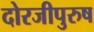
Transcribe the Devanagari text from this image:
दोरजीपुरुष